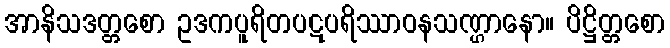
အာနိသဒတ္တစော ဥဒကပူရိတပဋပရိဿာဝနသဏ္ဌာနော။ ပိဋ္ဌိတ္တစော